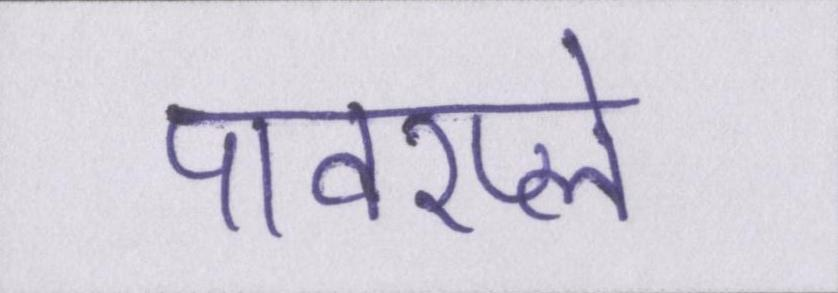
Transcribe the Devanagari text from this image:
पावरप्ले